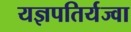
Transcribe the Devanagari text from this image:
यज्ञपतिर्यज्वा